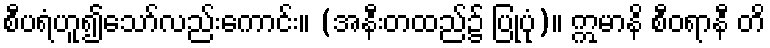
စီပရံဟူ၍သော်လည်းကောင်း။ (အနီးတထည်၌ ပြုပုံ)။ ဣမာနိ စီဝရာနီ တိ